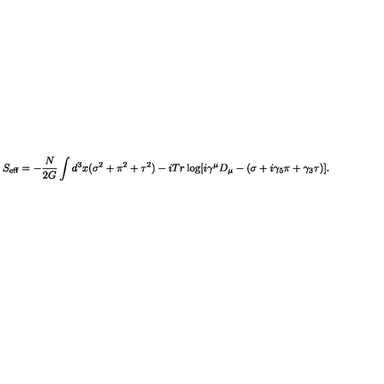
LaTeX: S _ { \mathrm { e f f } } = - \frac { N } { 2 G } \int d ^ { 3 } x ( \sigma ^ { 2 } + \pi ^ { 2 } + \tau ^ { 2 } ) - i T r \log [ i \gamma ^ { \mu } D _ { \mu } - ( \sigma + i \gamma _ { 5 } \pi + \gamma _ { 3 } \tau ) ] .